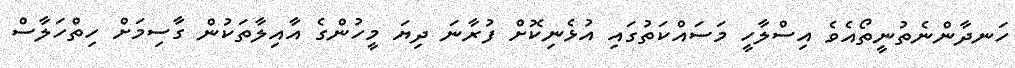
ހަނދާންނެތުނީތޯއެވެ އިސްލާހީ މަސައްކަތުގައި އުޅެނިކޮށް ފުރާނަ ދިޔަ މީހުންގެ އާއިލާތަކުން ގާސިމަށް ހިތްހަލާސް